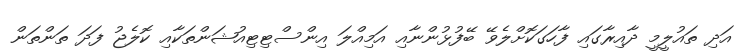
އަދި ތައުލީމީ ދާއިރާގައި ފާހަގަކޮށްލެވޭ ބޭފުޅުންނާއި އަމިއްލަ އިންސްޓިޓިއުޝަންތަކާއި ކޮލެޖު ފަދަ ތަންތަން